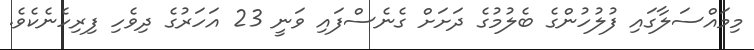
މިމައްސަލާގައި ފުލުހުންގެ ބެލުމުގެ ދަށަށް ގެނެސްފައި ވަނީ 23 އަހަރުގެ ދިވެހި ފިރިހެނެކެވެ.